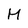
Character: M